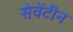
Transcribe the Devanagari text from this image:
सेवेंटीन